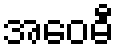
အဝေဓီ